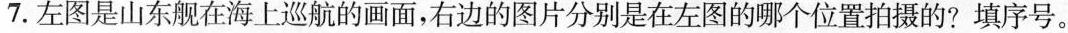
7.左图是山东舰在海上巡航的画面，右边的图片分别是在左图的哪个位置拍摄的?填序号。